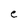
Character: e